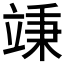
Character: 𥪕